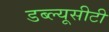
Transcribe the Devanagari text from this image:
डब्ल्यूसीटी